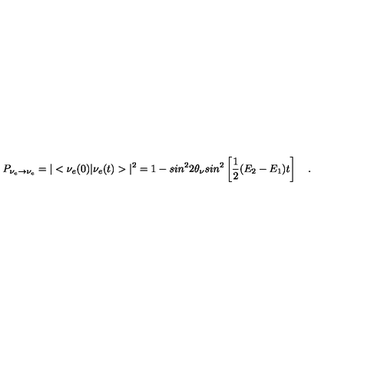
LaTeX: P _ { \nu _ { e } \rightarrow \nu _ { e } } = \vert < \nu _ { e } ( 0 ) \vert \nu _ { e } ( t ) > \vert ^ { 2 } = 1 - s i n ^ { 2 } 2 \theta _ { \nu } s i n ^ { 2 } \left[ { \frac { 1 } { 2 } } ( E _ { 2 } - E _ { 1 } ) t \right] \quad .